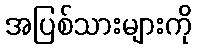
အပြစ်သားများကို